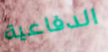
الدفاعية